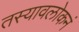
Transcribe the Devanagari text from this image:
तस्यावलोकनं